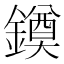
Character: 䥖